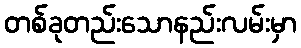
တစ်ခုတည်းသောနည်းလမ်းမှာ